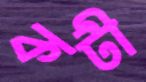
কটী